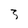
Character: 3